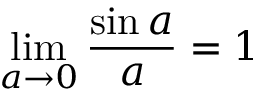
\operatorname* { l i m } _ { a \rightarrow 0 } { \frac { \sin a } { a } } = 1